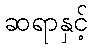
ဆရာနှင့်